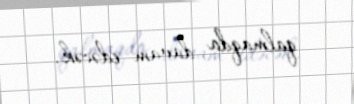
qalmaqda davam edəcək.